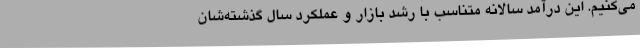
می‌کنیم. این درآمد سالانه متناسب با رشد بازار و عملکرد سال گذشته‌شان